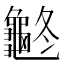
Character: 𪚽